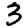
Digit: 3